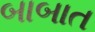
બાબાત